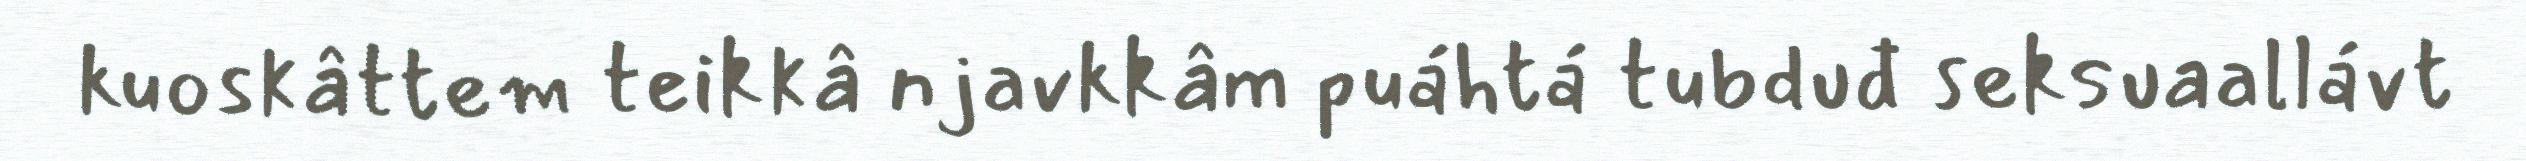
kuoskâttem teikkâ njavkkâm puáhtá tubduđ seksuaallávt